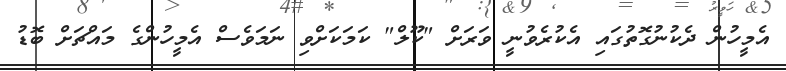
އެމީހުން ދެކުނުގޮތުގައި އެކުރެވުނީ ވަރަށް "ކޫލް" ކަމަކަށްވި ނަމަވެސް އެމީހުންގެ މައްޗަށް ބޮޑު